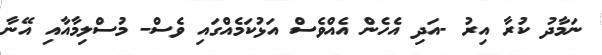
ނަމާދު ކުރާ އިރު -އަދި އެހެން އެއްވެސް އަޅުކަމެއްގައި ވެސް- މުސްލިމާއާއި އޭނާ